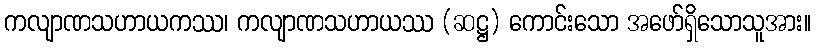
ကလျာဏသဟာယကဿ၊ ကလျာဏသဟာယဿ (ဆဋ္ဌ) ကောင်းသော အဖော်ရှိသောသူအား။